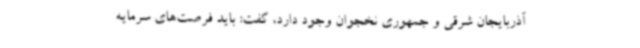
آذربایجان شرقی و جمهوری نخجوان وجود دارد، گفت: باید فرصت‌های سرمایه